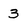
Character: 3